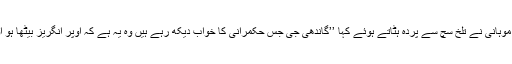
مولانا حسرت موہانی نے تلخ سچ سے پردہ ہٹاتے ہوئے کہا ’’گاندھی جی جس حکمرانی کا خواب دیکھ رہے ہیں وہ یہ ہے کہ اوپر انگریز بیٹھا ہو اور نیچے ہندو۔